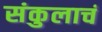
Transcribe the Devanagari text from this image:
संकुलाचं